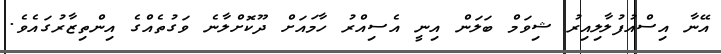
އޭނާ އިސްއުފުލާލިއިރު ޝިވަމް ބަލަން އިނީ އެސިއްރު ހާމައަށް ދޫކޮށްލާނެ ވަގުތެއްގެ އިންތިޒާރުގައެވެ.